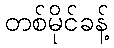
တစ်မိုင်ခန့်